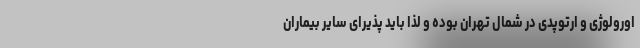
اورولوژی و ارتوپدی در شمال تهران بوده و لذا باید پذیرای سایر بیماران